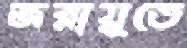
জরায়ুতে